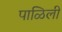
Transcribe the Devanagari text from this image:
पाळिली